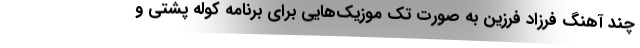
چند آهنگ فرزاد فرزین به صورت تک موزیک‌هایی برای برنامه کوله پشتی و